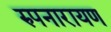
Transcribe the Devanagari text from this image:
रुपनारायण